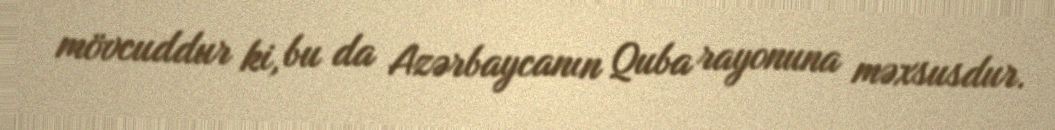
mövcuddur ki, bu da Azərbaycanın Quba rayonuna məxsusdur.